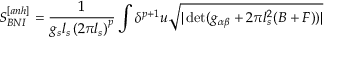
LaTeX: S _ { B N I } ^ { [ a n h ] } = \frac { 1 } { g _ { s } l _ { s } \left( 2 \pi l _ { s } \right) ^ { p } } \int \delta ^ { p + 1 } u \sqrt { | \operatorname * { d e t } ( g _ { \alpha \beta } + 2 \pi l _ { s } ^ { 2 } ( B + F ) ) | }